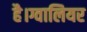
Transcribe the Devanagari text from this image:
है।ग्वालियर